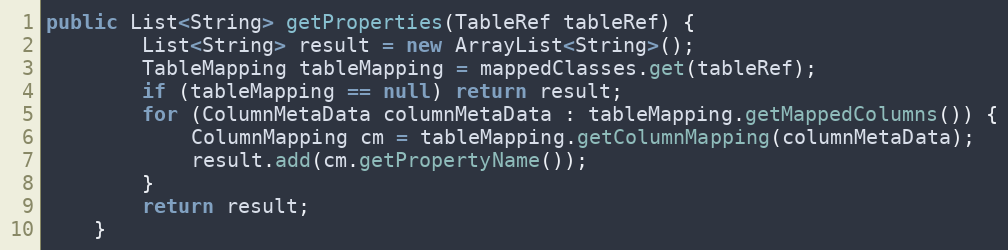
Language: Java
public List<String> getProperties(TableRef tableRef) {
        List<String> result = new ArrayList<String>();
        TableMapping tableMapping = mappedClasses.get(tableRef);
        if (tableMapping == null) return result;
        for (ColumnMetaData columnMetaData : tableMapping.getMappedColumns()) {
            ColumnMapping cm = tableMapping.getColumnMapping(columnMetaData);
            result.add(cm.getPropertyName());
        }
        return result;
    }